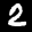
Label: 2